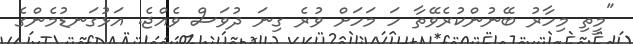
"މީތި މިހާރު ބޭނުންކުރެވޭތާ ހަ މަހަށް ވުރެ ގިނަ ދުވަސް ވެއްޖެ. އަޅުގަނޑުމެންގެ